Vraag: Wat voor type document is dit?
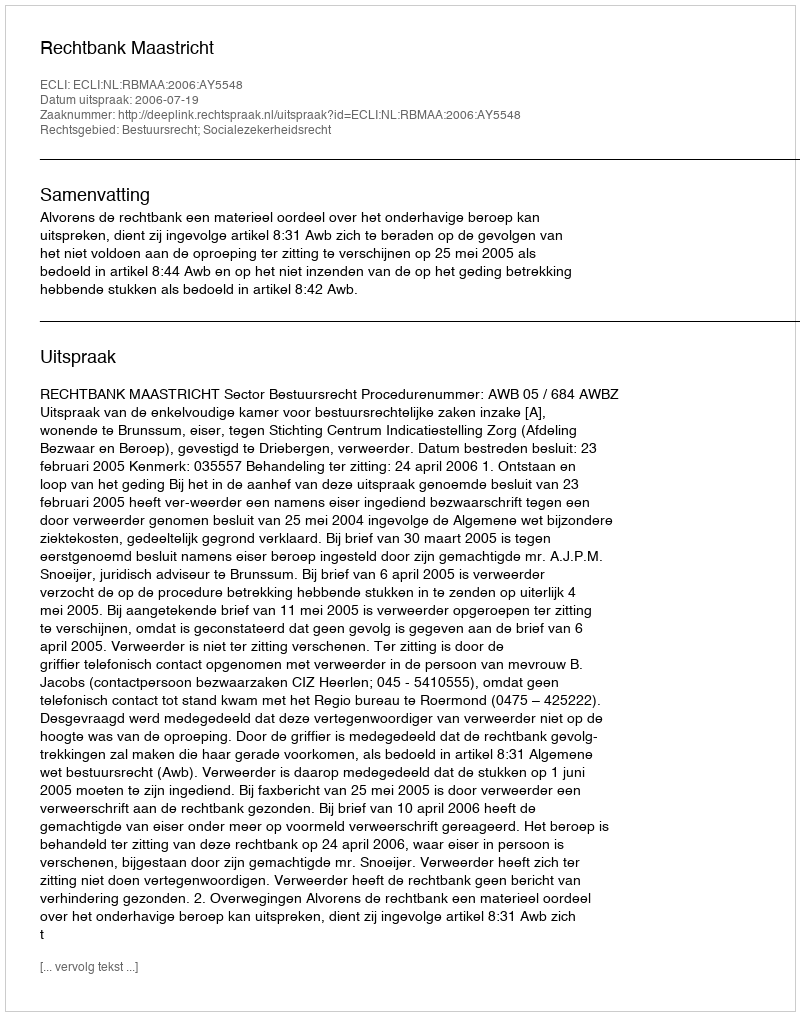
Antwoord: Uitspraak